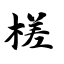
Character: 槎